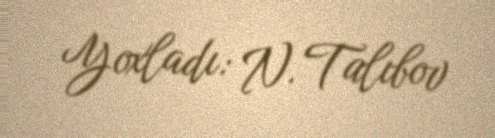
Yoxladı: N. Talıbov